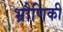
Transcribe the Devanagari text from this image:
भ्रौणिकी